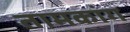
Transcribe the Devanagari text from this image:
तामकांग